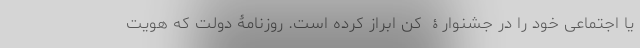
یا اجتماعی خود را در جشنوارۀ کن ابراز کرده است. روزنامۀ دولت که هویت